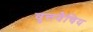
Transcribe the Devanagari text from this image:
वृत्तवैचिय